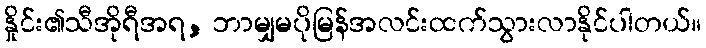
နှိုင်း၏သီအိုရီအရ, ဘာမျှမပိုမြန်အလင်းထက်သွားလာနိုင်ပါတယ်။